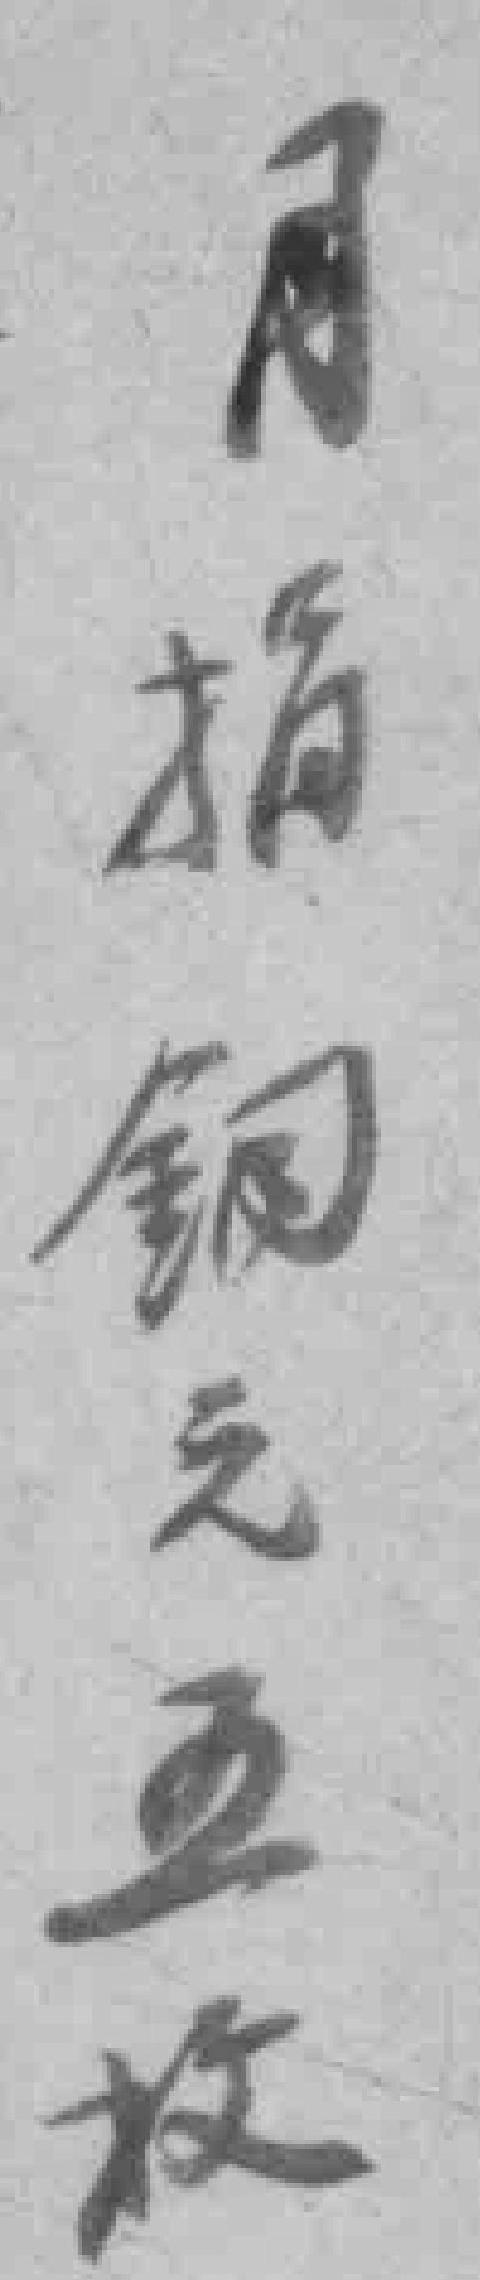
月捐銅元五枚